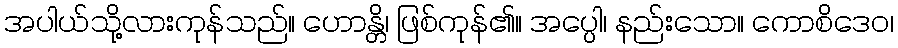
အပါယ်သို့လားကုန်သည်။ ဟောန္တိ၊ ဖြစ်ကုန်၏။ အပ္ပေါ၊ နည်းသော။ ကောစိဒေဝ၊